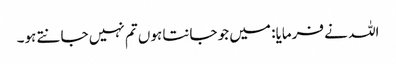
اللہ نے فرمایا: میں جو جانتا ہوں تم نہیں جانتے ہو۔